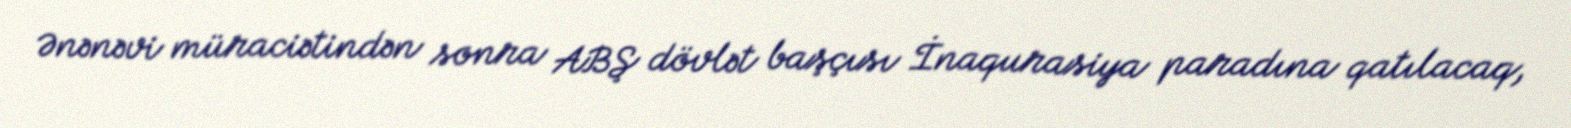
Ənənəvi müraciətindən sonra ABŞ dövlət başçısı İnaqurasiya paradına qatılacaq,